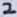
Text: 2